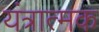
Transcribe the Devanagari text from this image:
यंत्रात्मक